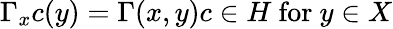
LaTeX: \Gamma_{x}c(y)=\Gamma(x,y)c\in H{\mathrm{~for~}}y\in X